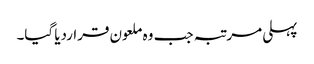
پہلی مرتبہ جب وہ ملعون قراردیا گیا۔